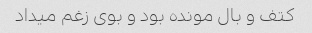
کتف و بال مونده بود و بوی زغم میداد